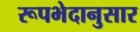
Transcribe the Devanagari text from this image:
रूपभेदानुसार